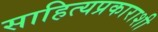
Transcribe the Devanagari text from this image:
साहित्यप्रकाराशी